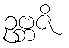
ဥဗ္ဘဇိ